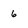
Character: 6